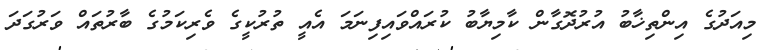
މިއަދުގެ އިންތިޚާބު އުރުދޮގާން ކާމިޔާބު ކުރައްވައިފިނަމަ އެއީ ތުރުކީގެ ވެރިކަމުގެ ބާރުތައް ވަރުގަދަ